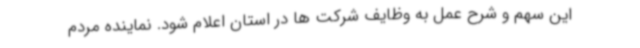
این سهم و شرح عمل به وظایف شرکت ها در استان اعلام شود. نماینده مردم